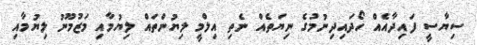
ސިޔާސީ ފައިދާއެއް ހޯދައިދިނުމުގެ ނިޔަތެއް ނެތި އިލްމީ ލިޔުންތައް ލިޔުމާއި މަޒުމޫނު ލިޔުމާއި